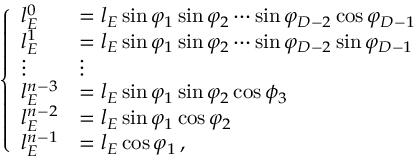
\left\{ \begin{array} { l l } { l _ { E } ^ { 0 } } & { = l _ { E } \sin \varphi _ { 1 } \sin \varphi _ { 2 } \cdots \sin \varphi _ { D - 2 } \cos \varphi _ { D - 1 } } \\ { l _ { E } ^ { 1 } } & { = l _ { E } \sin \varphi _ { 1 } \sin \varphi _ { 2 } \cdots \sin \varphi _ { D - 2 } \sin \varphi _ { D - 1 } } \\ { \vdots } & { \vdots } \\ { l _ { E } ^ { n - 3 } } & { = l _ { E } \sin \varphi _ { 1 } \sin \varphi _ { 2 } \cos \phi _ { 3 } } \\ { l _ { E } ^ { n - 2 } } & { = l _ { E } \sin \varphi _ { 1 } \cos \varphi _ { 2 } } \\ { l _ { E } ^ { n - 1 } } & { = l _ { E } \cos \varphi _ { 1 } \, , } \end{array} \right.